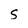
Character: S